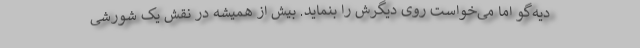
دیه‌گو اما می‌خواست روی دیگرش را بنماید. بیش از همیشه در نقش یک شورشی